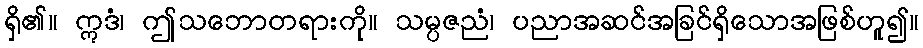
ရှိ၏။ ဣဒံ၊ ဤသဘောတရားကို။ သမ္ပဇညံ၊ ပညာအဆင်အခြင်ရှိသောအဖြစ်ဟူ၍။